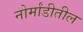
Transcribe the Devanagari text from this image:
नोर्मांडीतील